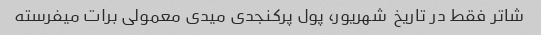
شاتر فقط در تاریخ  شهریور، پول پرکنجدی میدی معمولی برات میفرسته